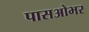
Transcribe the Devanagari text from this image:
पासओभर